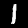
Label: 1